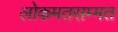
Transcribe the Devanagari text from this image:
लोकमतसम्मत